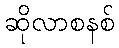
ဆိုလာစနစ်